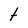
Character: t